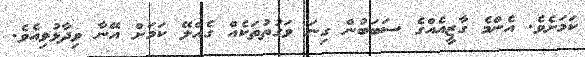
ކަަމަށެވެ. އެންމެ ގާޒީއެއްގެ ސަބަބުން ގިނަ ވަގުތުތަކެއް ގެއްލޭ ކަމަށް އޭނާ ވިދާޅުވިއެވެ.